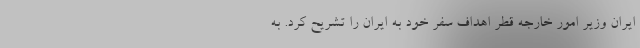
ایران وزیر امور خارجه قطر اهداف سفر خود به ایران را تشریح کرد. به